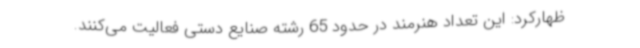
ظهارکرد: این تعداد هنرمند در حدود 65 رشته صنایع دستی فعالیت می‌کنند.